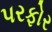
પરફોર